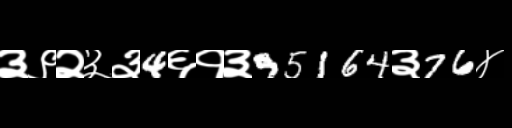
Text: ३९२३३4६१३95164३76४